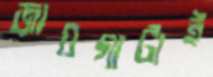
জায়গাটাই